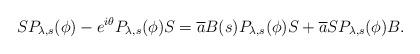
LaTeX: \begin{align*} S P_{\lambda, s}(\phi) - e^{i \theta} P_{\lambda, s}(\phi) S = \overline{a} B(s) P_{\lambda, s}(\phi) S + \overline{a} S P_{\lambda, s}(\phi) B.\end{align*}